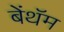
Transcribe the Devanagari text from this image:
बेंथॅम